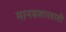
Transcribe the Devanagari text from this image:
मानसशास्त्राशी